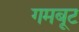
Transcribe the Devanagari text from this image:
गमबूट